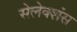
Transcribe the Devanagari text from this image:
सेलेक्शंस